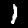
Digit: 1